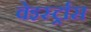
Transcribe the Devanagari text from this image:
वेइर्स्ट्रास